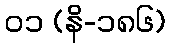
၀၁ (နိ-၁၈၆)